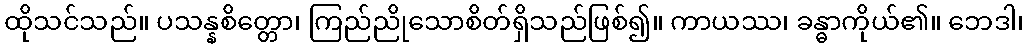
ထိုသင်သည်။ ပသန္နစိတ္တော၊ ကြည်ညိုသောစိတ်ရှိသည်ဖြစ်၍။ ကာယဿ၊ ခန္ဓာကိုယ်၏။ ဘေဒါ၊